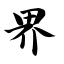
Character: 界